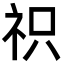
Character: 𮁦